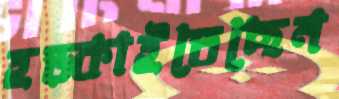
হড়্‌কাইতেছেন